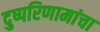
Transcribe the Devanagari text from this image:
दुष्परिणामांचा